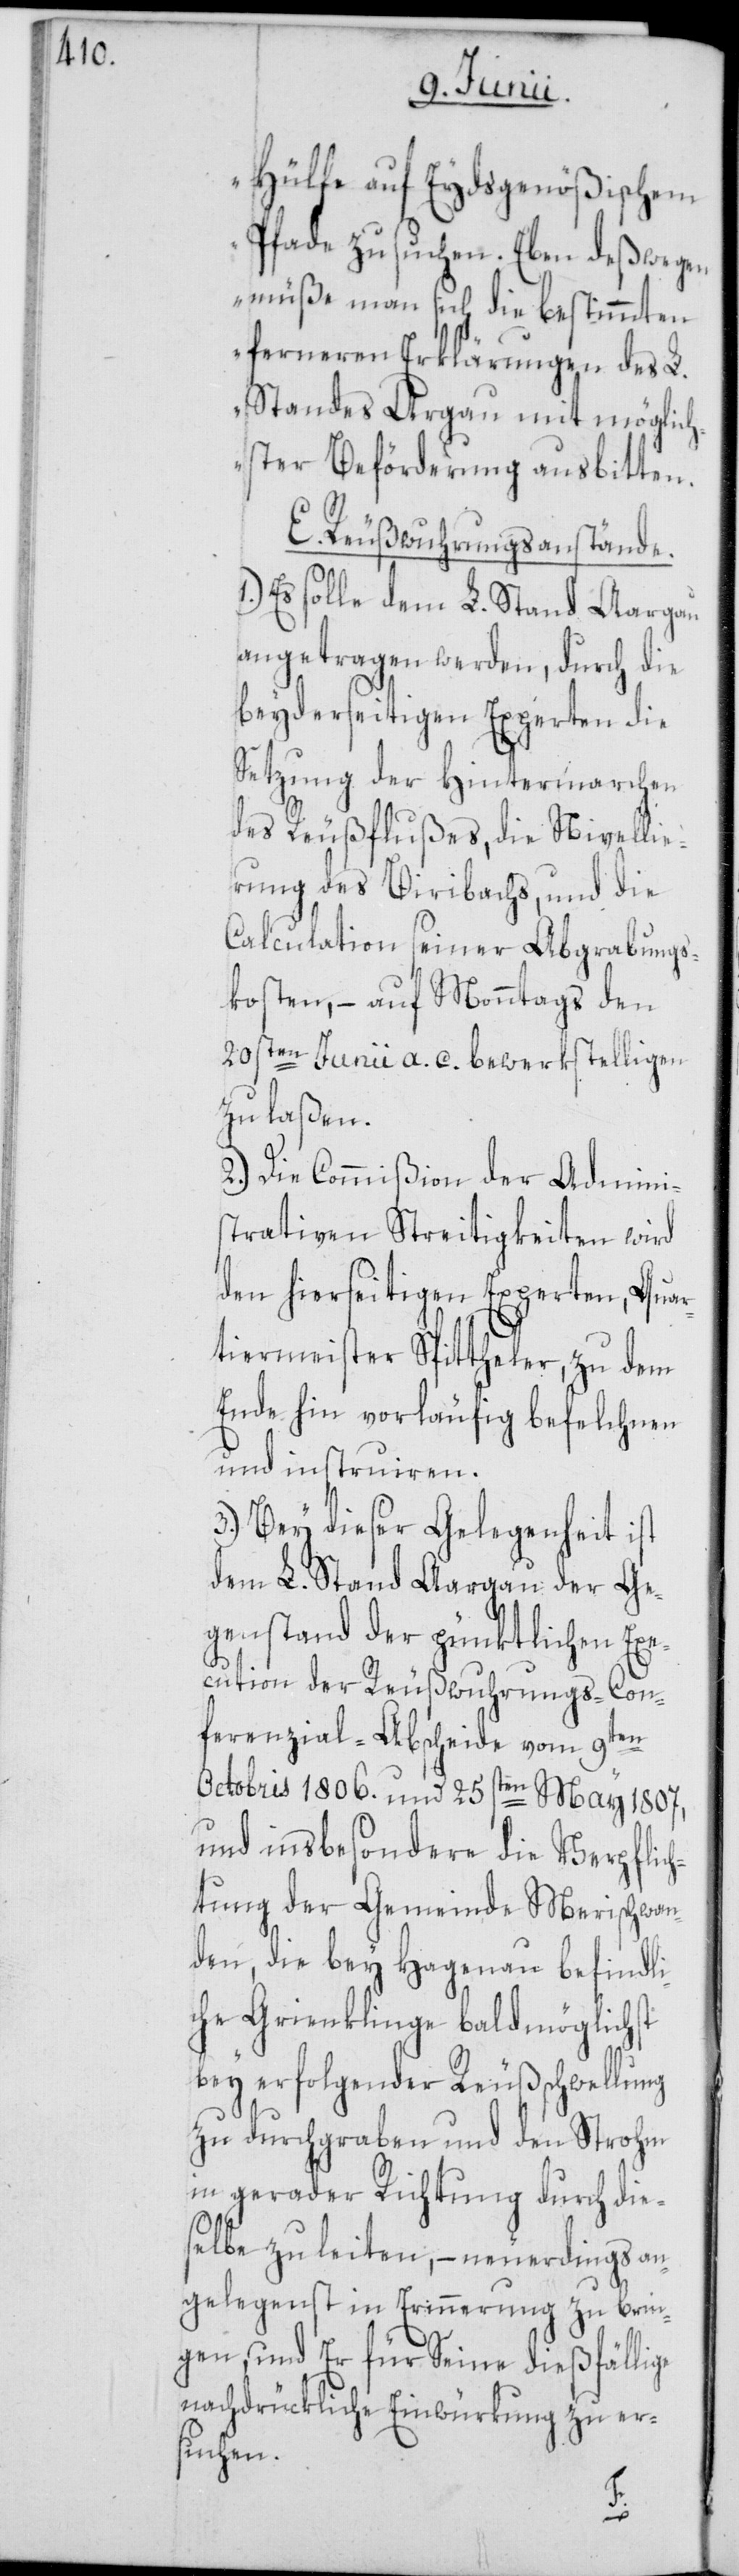
Hülfe auf Eydsgenößischem
Pfade zu suchen. Eben deßwegen
müße man sich die bestimmten
ferneren Erklärungen des L.
Standes Argau mit möglic¬
hster Beförderung ausbitten.
E. Reußwuhrungsanstände.
Es solle dem L. Stand Aargau
angetragen werden, durch die
beyderseitigen Experten die
Setzung der Hintermarchen
des Reußflußes, die Nivellie¬
rung des Biribachs, und die
Calculation seiner Abgrabungs¬
kosten, – auf Monntags den
20sten Junii a. c. bewerkstelligen
zu laßen.
2.) Die Commißion der Admini¬
strativen Streitigkeiten wird
den hierseitigen Experten, Quar¬
tiermeister Spittheler, zu dem
Ende hin vorläufig befelchnen
und instruiren.
3.) Bey dieser Gelegenheit ist
dem L. Stand Aargau der Ge¬
genstand der pünktlichen Exe¬
cution der Reußwuhrungs-Con¬
ferenzial-Abscheide vom 9ten
Octobris 1806. und 25sten May 1807,
und insbesondere die Verpflich¬
tung der Gemeinde Merischwan¬
den, die bey Hagenau befindli¬
che Grienklinge bald möglichst
bey erfolgender Reußschwellung
zu durchgraben und den Strohm
in gerader Richtung durch die¬
selbe zu leiten, – neuerdings an¬
gelegenst in Erinnerung zu brin¬
gen, und Er für Seine dießfällige
nachdrückliche Einwürkung zu er¬
suchen.